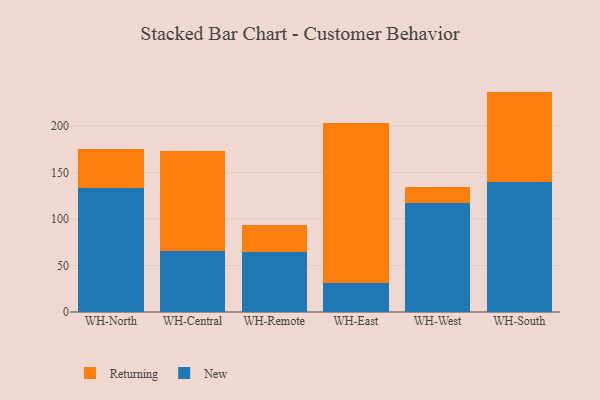
{"axis": {"x": "Warehouse", "y": "Budget (USD K)"}, "legend": ["New", "Returning"], "data": [{"x": "WH-North", "y": 133.3, "type": "New"}, {"x": "WH-North", "y": 41.8, "type": "Returning"}, {"x": "WH-Central", "y": 65.8, "type": "New"}, {"x": "WH-Central", "y": 107.0, "type": "Returning"}, {"x": "WH-Remote", "y": 64.8, "type": "New"}, {"x": "WH-Remote", "y": 29.2, "type": "Returning"}, {"x": "WH-East", "y": 31.5, "type": "New"}, {"x": "WH-East", "y": 172.3, "type": "Returning"}, {"x": "WH-West", "y": 116.9, "type": "New"}, {"x": "WH-West", "y": 17.3, "type": "Returning"}, {"x": "WH-South", "y": 140.0, "type": "New"}, {"x": "WH-South", "y": 97.2, "type": "Returning"}]}